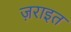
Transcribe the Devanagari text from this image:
ज़राइत